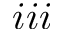
\romannumeral 3